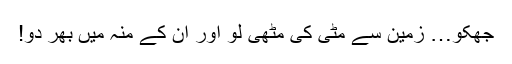
جھُکو… زمین سے مٹی کی مُٹھی لو اور ان کے منہ میں بھر دو!